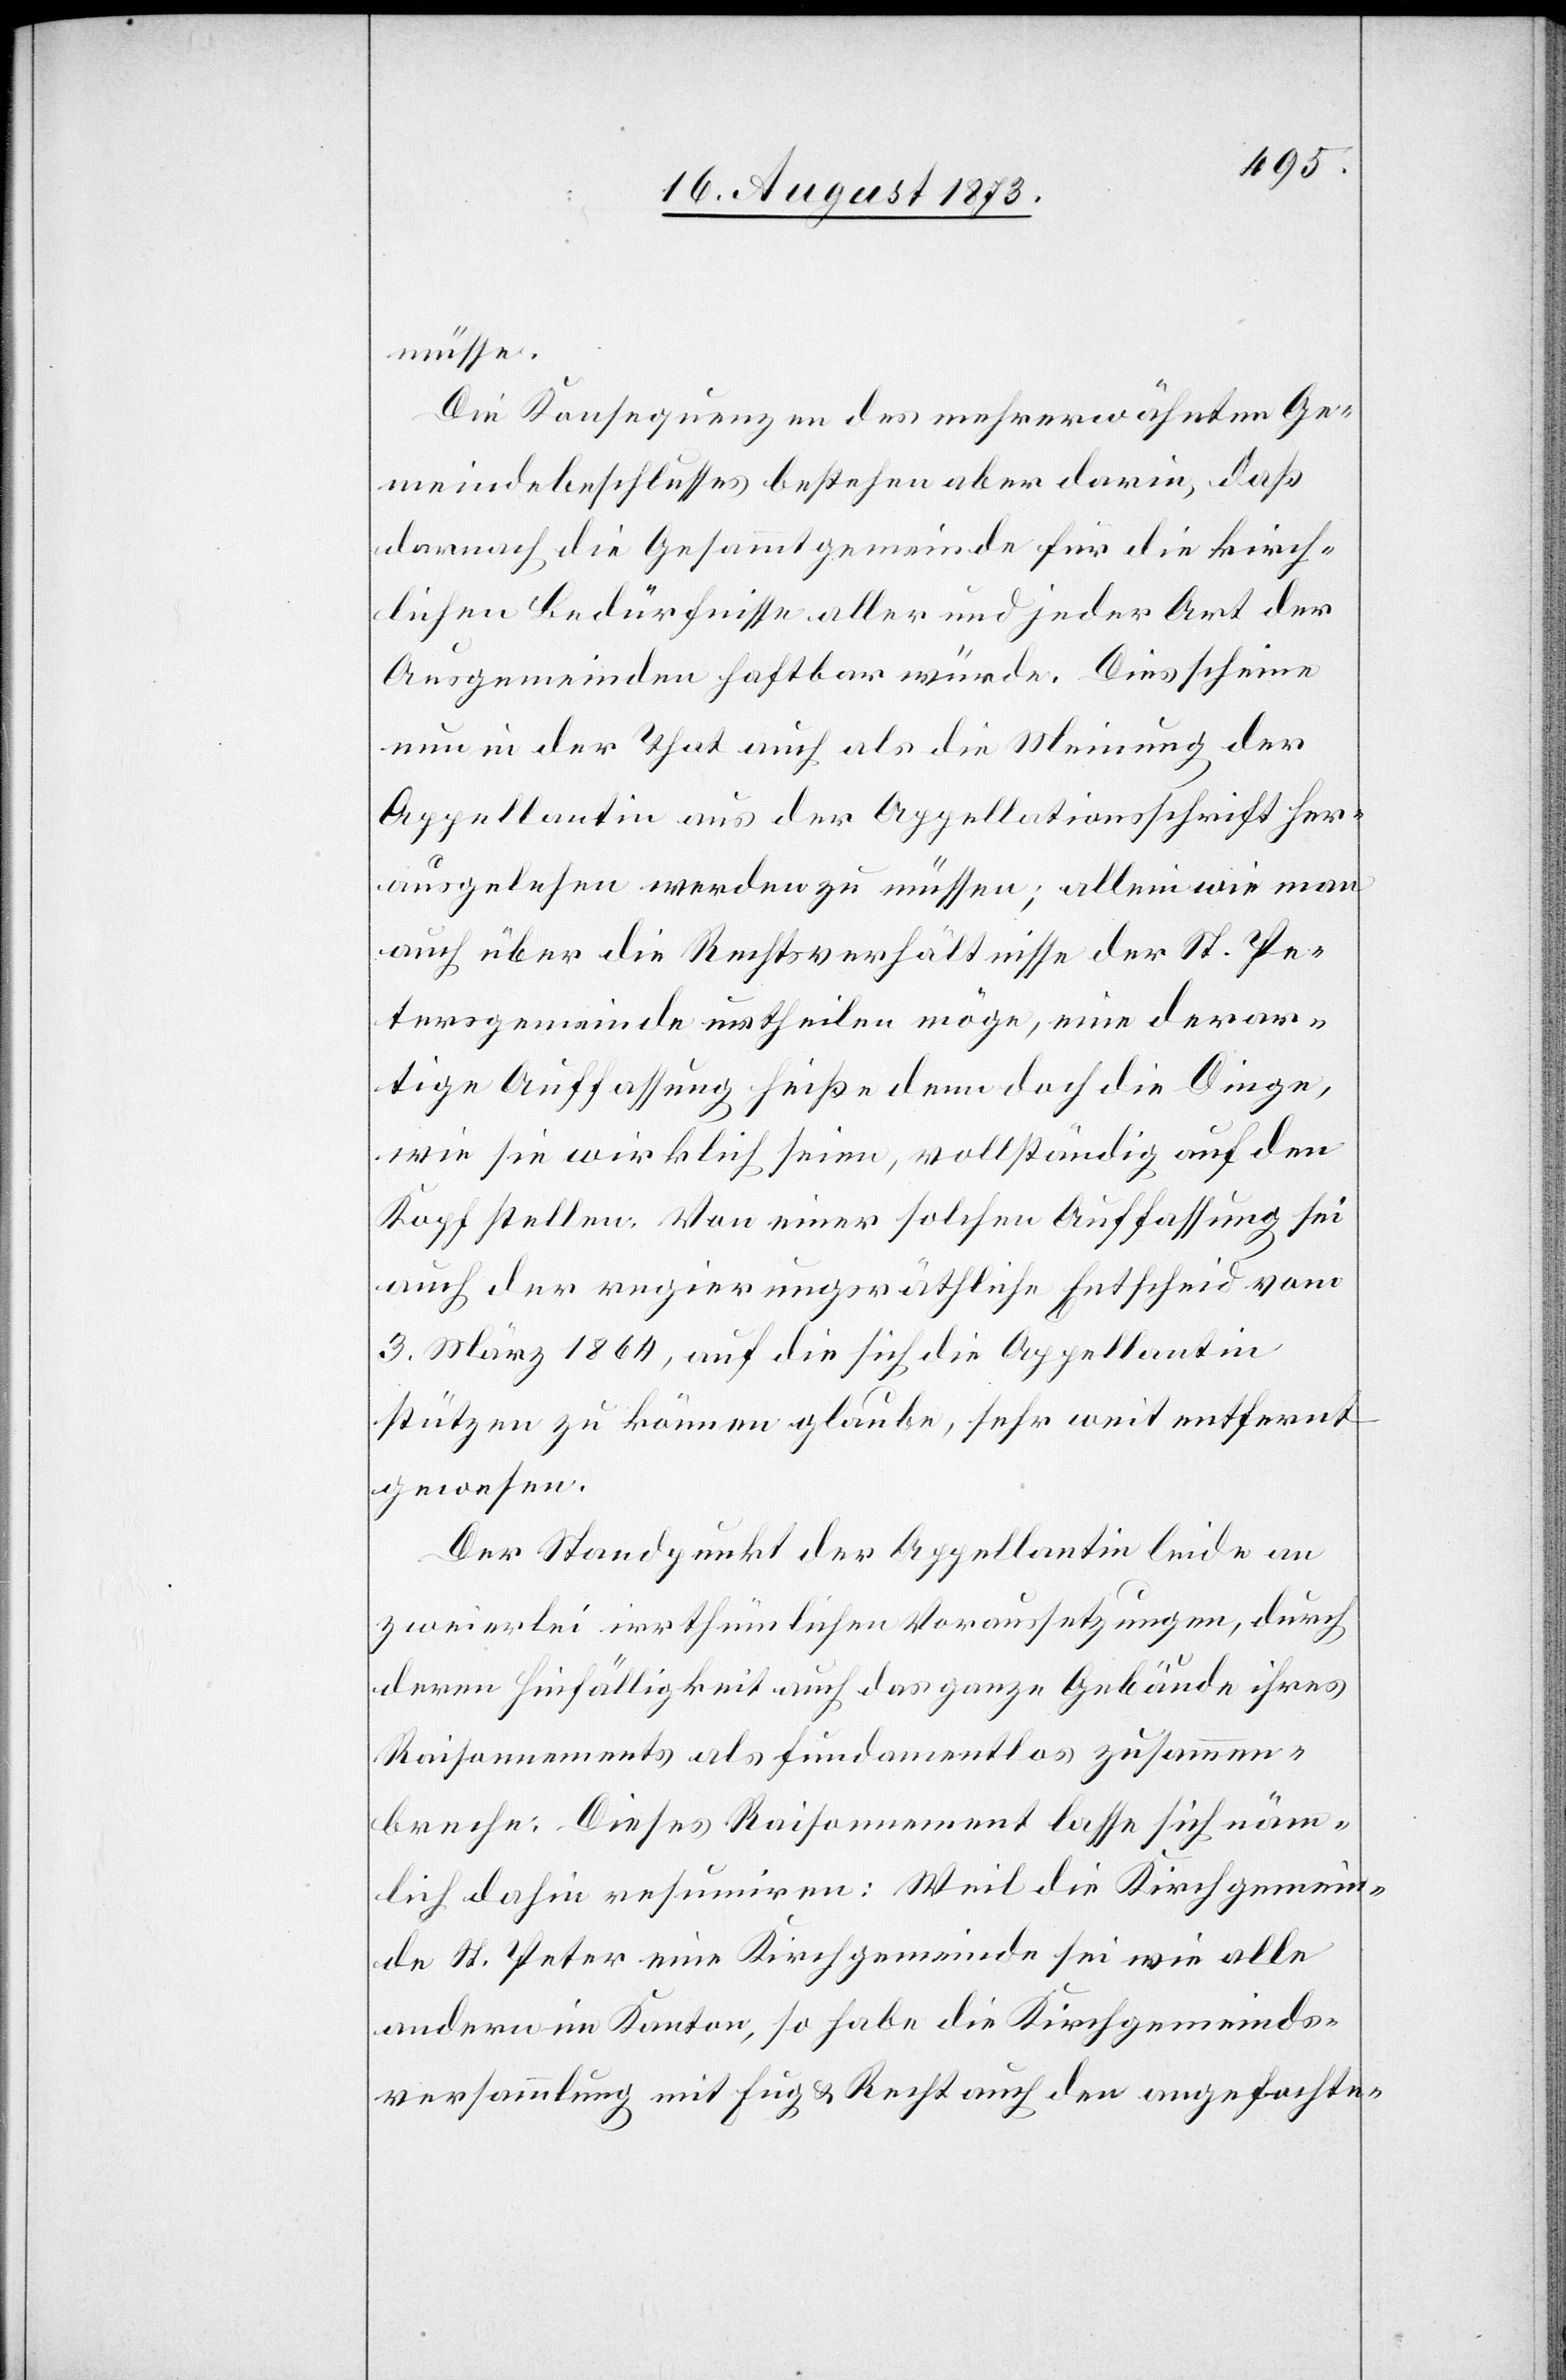
müsse.
Die Konsequenzen des mehrerwähnten Ge¬
meindebeschlusses bestehen aber darin, daß
darnach die Gesammtgemeinde für die kirch¬
lichen Bedürfnisse aller und jeder Art der
Ausgemeinden haftbar würde. Dies scheine
nun in der That auch als die Meinung der
Appellantin aus der Appellationsschrift her¬
ausgelesen werden zu müssen; allein wie man
auch über die Rechtsverhältnisse der St. Pe¬
tersgemeinde urtheilen möge, eine derar¬
tige Auffassung heiße denn doch die Dinge,
wie sie wirklich seien, vollständig auf den
Kopf stellen. Von einer solchen Auffassung sei
auch der regierungsräthliche Entscheid vom
3. März 1864, auf die sich die Appellantin
stützen zu können glaube, sehr weit entfernt
gewesen.
Der Standpunkt der Appellantin leide an
zweierlei irrthümlichen Voraussetzungen, durch
deren Hinfälligkeit auch das ganze Gebäude ihres
Raisonnements als fundamentlos zusammen¬
breche. Dieses Raisonnement lasse sich näm¬
lich dahin resumiren: Weil die Kirchgemein¬
de St. Peter eine Kirchgemeinde sei wie alle
andern im Kanton, so habe die Kirchgemeinds¬
versammlung mit Fug & Recht auch den angefochte-